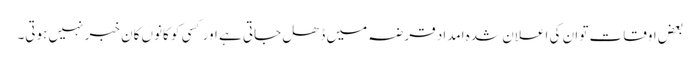
بعض اوقات تو ان کی اعلان شدہ امداد قرضہ میں ڈھل جاتی ہے اور کسی کو کانوں کان خبر نہیں ہوتی۔